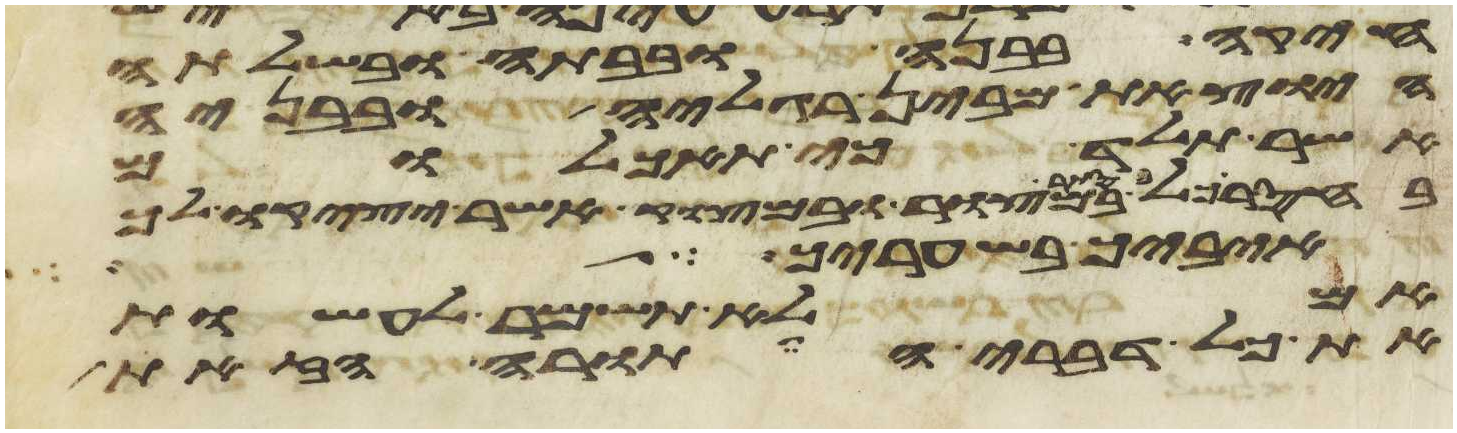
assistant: חיקה בבנה ובבתה ובשלתה
היצאת מבין רגליה ובבניה
אשר תלד כי תאכלם
בסתר במצור ובמצוק אשר יציקו לך
איביך בשעריך
לא תשמר לעשות
את כל דברי התורה הזאת